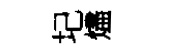
圮燼